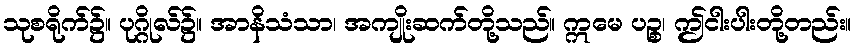
သုစရိုက်၌။ ပုဂ္ဂိုလ်၌။ အာနိသံသာ၊ အကျိုးဆက်တို့သည်။ ဣမေ ပဉ္စ၊ ဤငါးပါးတို့တည်း။